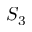
S _ { 3 }